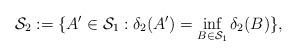
LaTeX: \begin{align*}\mathcal S_2 := \{ A'\in \mathcal S_1: \delta_2(A') = \inf_{B\in \mathcal S_1} \delta_2(B) \},\end{align*}